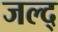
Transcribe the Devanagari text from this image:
जल्द्